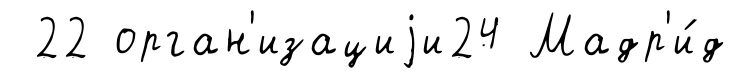
22 орган'изациjи24 Мадр'и́д